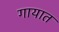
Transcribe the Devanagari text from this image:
गायात